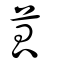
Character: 苽